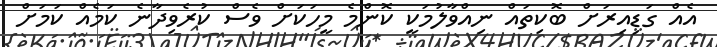
އެއް ގަޑިއިރަށް ބޮކިތައް ނިއްވާލުމަކީ ކޮންމެ މީހަކަށް ވެސް ކުރެވިދާނެ ކަމެއް ކަމަށް